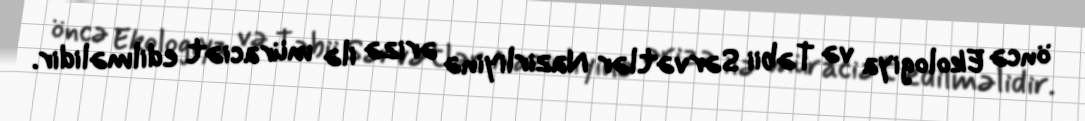
öncə Ekologiya və Təbii Sərvətlər Nazirliyinə ərizə ilə müraciət edilməlidir.